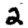
Digit: 2